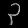
Digit: ၃